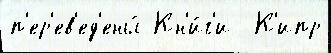
п'ер'ев'ед'ены́ Кн'и́г'и  К'ипр